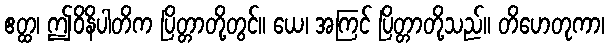
ဧတ္ထ၊ ဤဝိနိပါတိက ပြိတ္တာတို့တွင်။ ယေ၊ အကြင် ပြိတ္တာတို့သည်။ တိဟေတုကာ၊